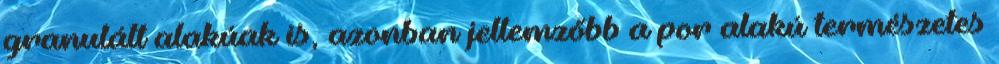
granulált alakúak is, azonban jellemzőbb a por alakú természetes